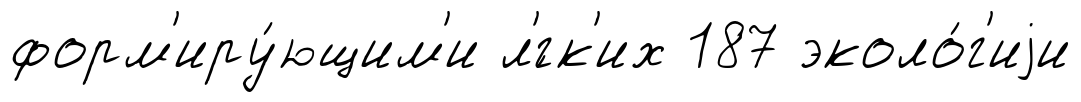
форм'иру́ющим'и л'́гк'их 187 эколо́г'иjи